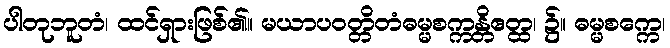
ပါတုဘူတံ၊ ထင်ရှားဖြစ်၏။ မယာပဝတ္တိတံဓမ္မစက္ကန္တိဧတ္ထ၊ ၌။ ဓမ္မစက္ကေ၊